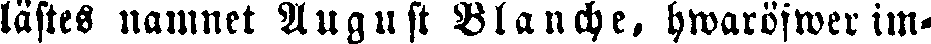
lästes uamnet August Blanche. hwaröfwer im-